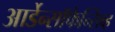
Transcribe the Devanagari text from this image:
आर्डेन्सॉफेन्सिव्ह